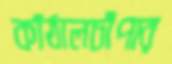
কাঁঠালচাঁপার